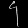
Digit: ၄